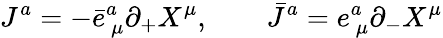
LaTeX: J^{a}=-\bar{e}_{~\mu}^{a}\partial_{+}X^{\mu},\qquad\bar{J}^{a}=e_{~\mu}^{a}\partial_{-}X^{\mu}